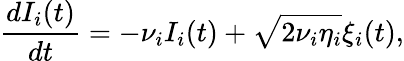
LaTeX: \frac{dI_{i}(t)}{dt}=-\nu_{i}I_{i}(t)+\sqrt{2\nu_{i}\eta_{i}}\xi_{i}(t),